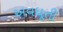
અવધૂતી